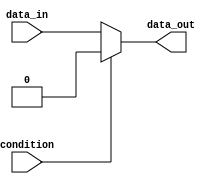
module if_else_example (
    input wire condition,
    input wire data_in,
    output reg data_out
);

always @(*)
begin
    if (~condition) begin
        // Block of code executed if condition is false
        data_out <= data_in; // Pass through the input data
    end
    else begin
        // Block of code executed if condition is true
        data_out <= 1'b0; // Output a logic low signal
    end
end

endmodule